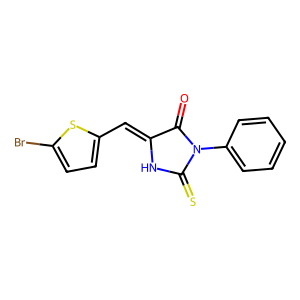
SMILES: O=C1C(=Cc2ccc(Br)s2)NC(=S)N1c1ccccc1
Inhibits HIV replication: No